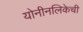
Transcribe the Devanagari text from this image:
योनीनलिकेची